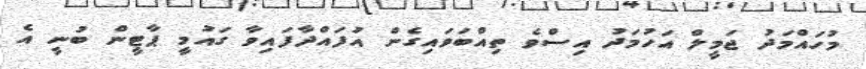
މުހައްމަދު ޖަމީލް އަހުމަދު އިސްވެ ތިއްބަވައިގެން އުފައްދާފައިވާ ގައުމީ ޕާޓީން ބުނީ އެ